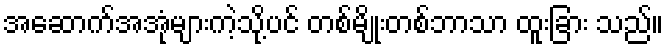
အဆောက်အအုံများကဲ့သို့ပင် တစ်မျိုးတစ်ဘာသာ ထူးခြား သည်။